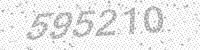
Solution: 595210